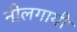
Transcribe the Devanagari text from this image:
नीलगायी